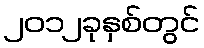
၂၀၁၂ခုနှစ်တွင်